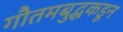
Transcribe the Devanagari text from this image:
गौतमबुद्धकडून